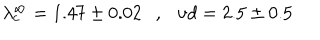
\lambda _ { c } ^ { \infty } = 1 . 4 7 \pm 0 . 0 2 \ \ \ , \ \ \ { { \nu } d } = 2 . 5 \pm 0 . 5